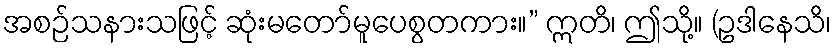
အစဉ်သနားသဖြင့် ဆုံးမတော်မူပေစွတကား။” ဣတိ၊ ဤသို့။ (ဥဒါနေသိ၊